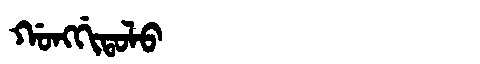
Manchu: ᡤᠣᠩᡤᡳᡨᠣᠯᠣ
Romanization: GONGGITOLO